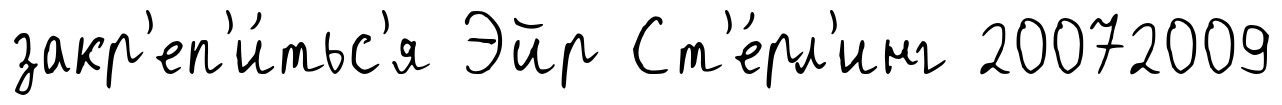
закр'еп'и́тьс'я Эйр Ст'е́рл'инг 20072009